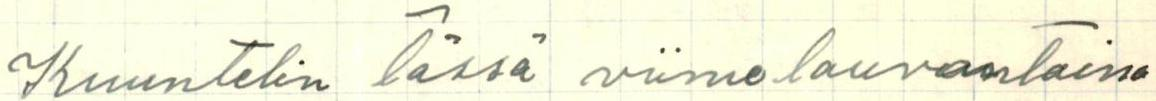
Kuuntelin tässä viime lauvantaina